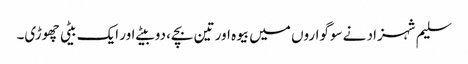
سلیم شہزاد نے سوگواروں میں بیوہ اور تین بچے، دو بیٹے اور ایک بیٹی چھوڑی۔